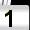
Digit: 1